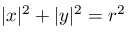
| x | ^ { 2 } + | y | ^ { 2 } = r ^ { 2 }